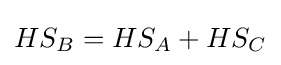
HS_{B}=HS_{A}+HS_{C}